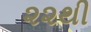
૨૨થી